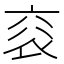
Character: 𧘳